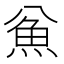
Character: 𱆣